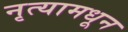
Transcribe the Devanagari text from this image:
नृत्यामधून